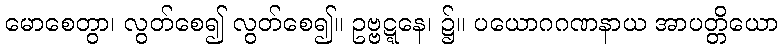
မောစေတွာ၊ လွတ်စေ၍ လွတ်စေ၍။ ဥဗ္ဗဋ္ဋနေ၊ ၌။ ပယောဂဂဏနာယ အာပတ္တိယော